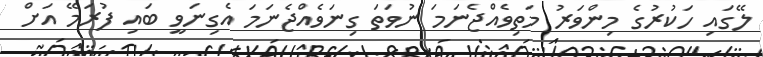
ލޭގައި ހަކުރުގެ މިންވަރު މަތިވެއްޖެނަމަ ނުވަތަ ގިނަވެއްޖެނަމަ އެގިނަވީ ބައި ފުރަމޭ އަށް